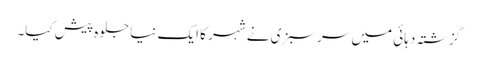
گزشتہ دہائی میں سرسبزی نے شہر کا ایک نیا جلوہ پیش کیا۔